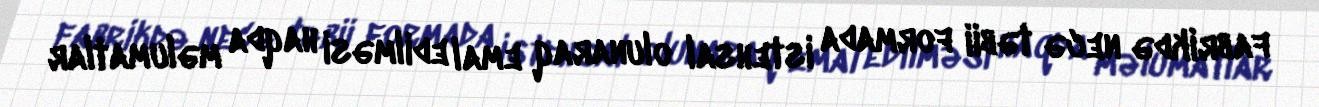
fabrikdə necə təbii formada istehsal olunaraq emal edilməsi haqda məlumatlar